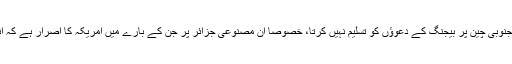
اس کا مقصد یہ باور کرانا ہے کہ امریکہ بحیرہ جنوبی چین پر بیجنگ کے دعوؤں کو تسلیم نہیں کرتا، خصوصاً ان مصنوعی جزائر پر جن کے بارے میں امریکہ کا اصرار ہے کہ انہیں کسی ملک کی ملکیت قرار نہیں دیا جا سکتا۔